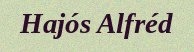
Hajós Alfréd